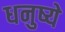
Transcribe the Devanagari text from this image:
धनुष्ये